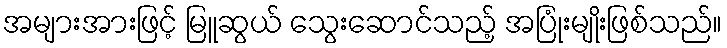
အများအားဖြင့် မြူဆွယ် သွေးဆောင်သည့် အပြုံးမျိုးဖြစ်သည်။